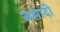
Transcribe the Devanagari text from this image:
बसादी